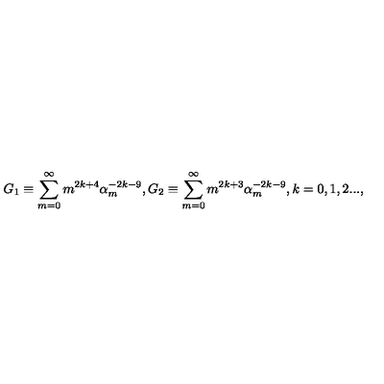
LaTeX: G _ { 1 } \equiv \sum _ { m = 0 } ^ { \infty } m ^ { 2 k + 4 } \alpha _ { m } ^ { - 2 k - 9 } , G _ { 2 } \equiv \sum _ { m = 0 } ^ { \infty } m ^ { 2 k + 3 } \alpha _ { m } ^ { - 2 k - 9 } , k = 0 , 1 , 2 . . . ,